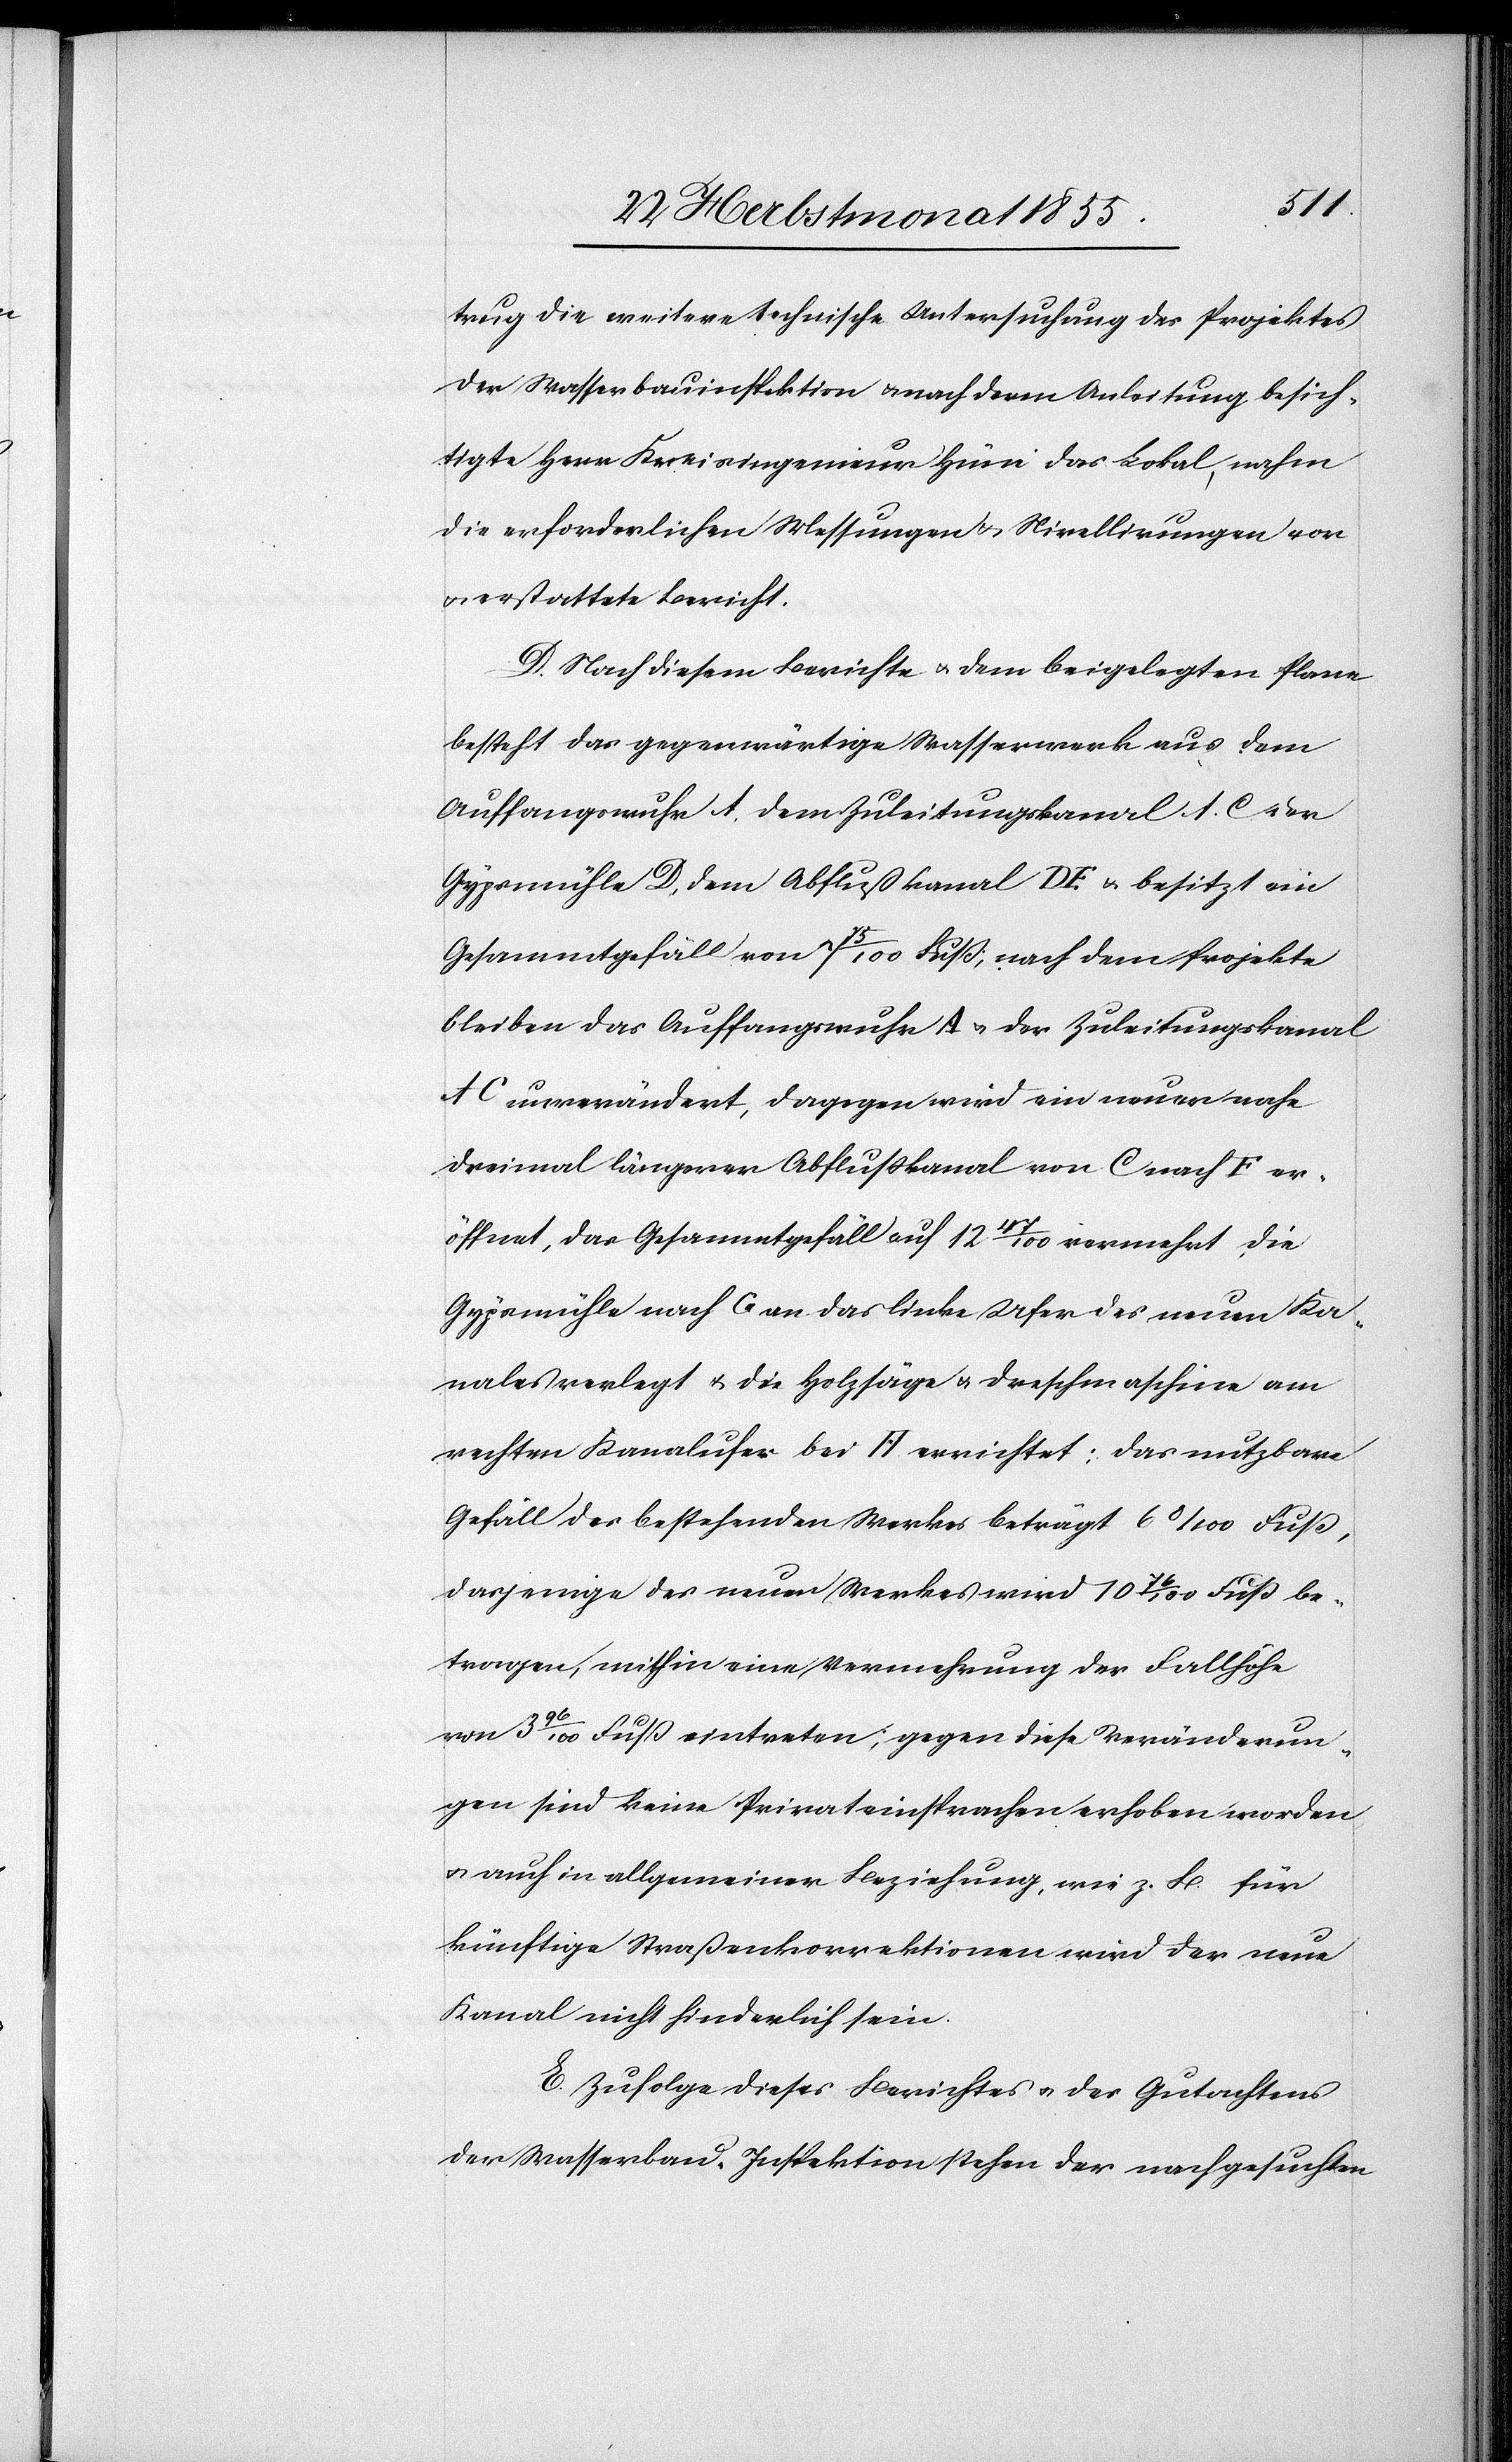
trug die weitere technische Untersuchung des Projektes
der Wasserbauinspektion & nach deren Anleitung besich¬
tigte Herr Kreisingenieur Hüni das Lokal, nahm
die erforderlichen Messungen & Nivellirungen vor
& erstattete Bericht.
D. Nach diesem Berichte & dem beigelegten Plane
besteht das gegenwärtige Wasserwerk aus dem
Auffangswuhr A, dem Zuleitungskanal AC[,] der
Gypsmühle D, dem Abflußkanal DE & besitzt ein
Gesammtgefäll von 7 75/100 Fuß, nach dem Projekte
bleiben das Auffangswuhr A & der Zuleitungskanal
AC unverändert, dagegen wird ein neuer nahe
dreimal längerer Abflußkanal von C nach F er¬
öffnet, das Gesammtgefäll auf 12 47/100 vermehrt, die
Gypsmühle nach G an das linke Ufer des neuen Ka¬
nales verlegt & die Holzsäge & Dreschmaschine am
rechten Kanalufer bei H. errichtet; das nutzbare
Gefäll des bestehenden Werkes beträgt 6 8/100 Fuß,
dasjenige des neuen Werkes wird 10 76/100 Fuß be¬
tragen, mithin eine Vermehrung der Fallhöhe
von 3 96/100 Fuß eintreten; gegen diese Veränderun¬
gen sind keine Privateinsprachen erhoben worden
& auch in allgemeiner Beziehung, wie z. B. für
künftige Straßenkorrektionen wird der neue
Kanal nicht hinderlich sein.
E. Zufolge dieses Berichtes & des Gutachtens
der Wasserbau-Inspektion stehen der nachgesuchten